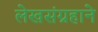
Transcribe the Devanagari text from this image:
लेखसंग्रहाने